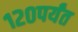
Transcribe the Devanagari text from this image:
१२०पर्यंत